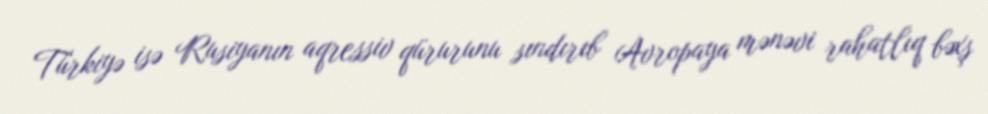
Türkiyə isə Rusiyanın aqressiv qürurunu sındırıb Avropaya mənəvi rahatlıq bəxş